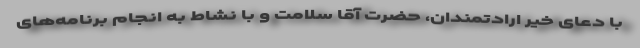
با دعای خیر ارادتمندان، حضرت آقا سلامت و با نشاط به انجام برنامه‌های